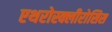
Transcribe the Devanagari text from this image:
एथरोस्क्लीरोसिस